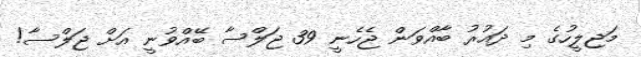
މަޖިލީހުގެ މި ދައުރު ބާއްވަން ޖެހެނީ 39 ޖަލްސާ ބޭއްވުނީ އަށް ޖަލްސާ!